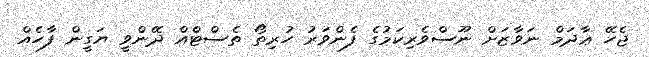
ޖެހޭ ޢާދަމް ނަވާޒަށް ނޫސްވެރިކަމުގެ ފެންވަރު ހުރިތޯ ތެސްޓެްއް ދޭންވީ ޔަގީން ފާހެއް